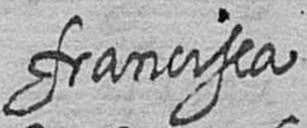
francisca